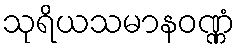
သုရိယသမာနဝဏ္ဏံ